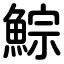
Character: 鯮